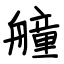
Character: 艟